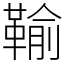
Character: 䩱